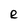
Character: e